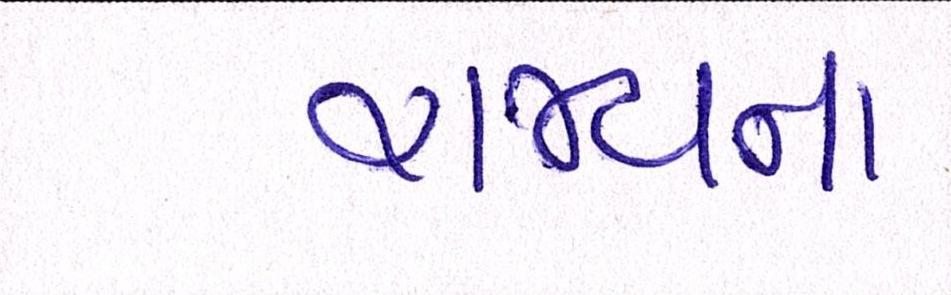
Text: રાજ્યના